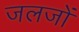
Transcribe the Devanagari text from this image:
जलजों